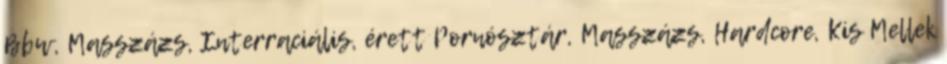
Bbw, Masszázs, Interraciális, érett Pornósztár, Masszázs, Hardcore, Kis Mellek